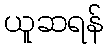
ယူဆရန်